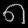
Digit: ၈